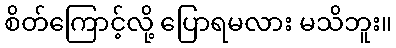
စိတ်ကြောင့်လို့ ပြောရမလား မသိဘူး။